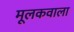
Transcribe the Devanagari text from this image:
मूलकवाला